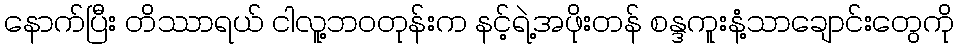
နောက်ပြီး တိဿာရယ် ငါလူ့ဘဝတုန်းက နင့်ရဲ့အဖိုးတန် စန္ဒကူးနံ့သာချောင်းတွေကို